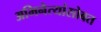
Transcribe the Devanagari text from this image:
अभिनेत्यांसोबत